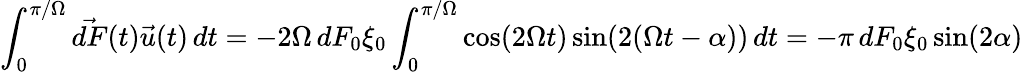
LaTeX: \int_{0}^{\pi/\Omega}{\vec{dF}}(t){\vec{u}}(t)\, dt=-2\Omega\, dF_{0}\xi_{0}\int_{0}^{\pi/\Omega}\cos(2\Omega t)\sin(2(\Omega t-\alpha))\, dt=-\pi\, dF_{0}\xi_{0}\sin(2\alpha)